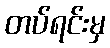
တပ်ရင်းမှ